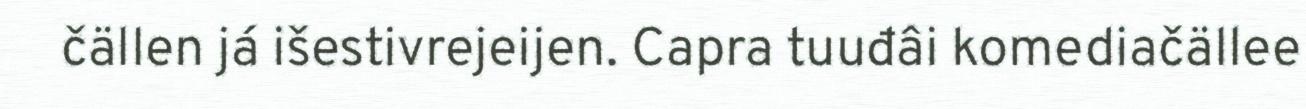
čällen já išestivrejeijen. Capra tuuđâi komediačällee